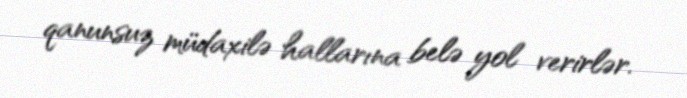
qanunsuz müdaxilə hallarına belə yol verirlər.